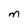
Character: M